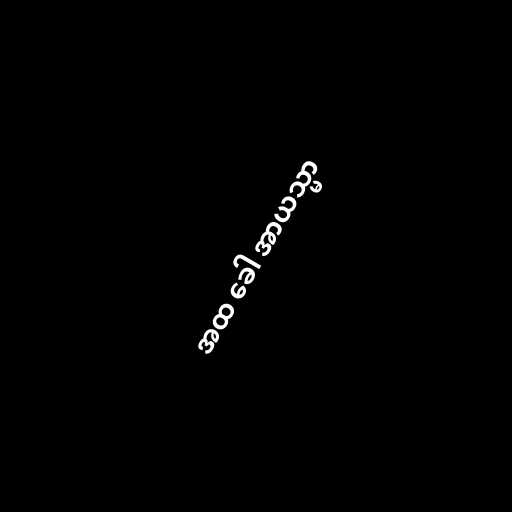
အထ ခေါ အာယသ္မာ